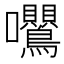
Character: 𭍕